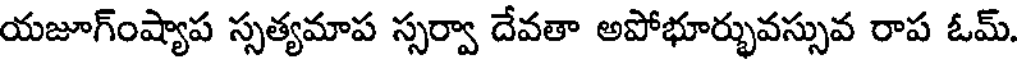
యజూగ్ంష్యాప స్సత్యమాప స్సర్వా దేవతా అపోభూర్భువస్సువ రాప ఓమ్.